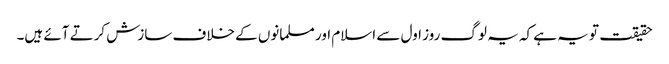
حقیقت تو یہ ہے کہ یہ لوگ روز اول سے اسلام اور مسلمانوں کے خلاف سازش کرتے آئے ہیں۔